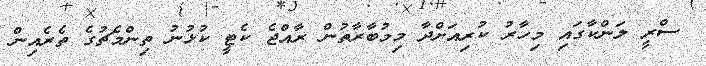
ސްރީ ލަންކާގައި މިހާރު ކުރިއަށްދާ މިމުބާރާތުން ރާއްޖެ ކެޓީ ކުޅުނު ތިންމެޗުގެ ތެރެއިން